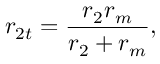
r _ { 2 t } = \frac { r _ { 2 } r _ { m } } { r _ { 2 } + r _ { m } } ,